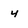
Character: 4